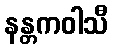
နန္တကဝါသီ